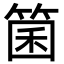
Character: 箘